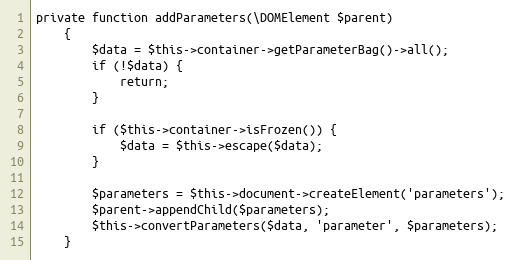
Language: PHP
private function addParameters(\DOMElement $parent)
    {
        $data = $this->container->getParameterBag()->all();
        if (!$data) {
            return;
        }

        if ($this->container->isFrozen()) {
            $data = $this->escape($data);
        }

        $parameters = $this->document->createElement('parameters');
        $parent->appendChild($parameters);
        $this->convertParameters($data, 'parameter', $parameters);
    }